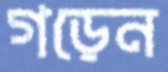
গড়েন